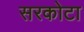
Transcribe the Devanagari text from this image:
सरकोटा